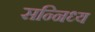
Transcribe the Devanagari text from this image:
सन्निध्य